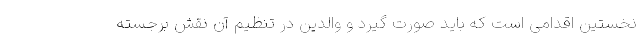
نخستین اقدامی است که باید صورت گیرد و والدین در تنظیم آن نقش برجسته